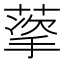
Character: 𬝩